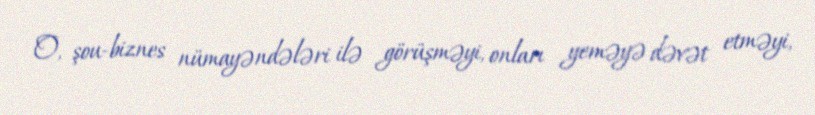
O, şou-biznes nümayəndələri ilə görüşməyi, onları yeməyə dəvət etməyi,